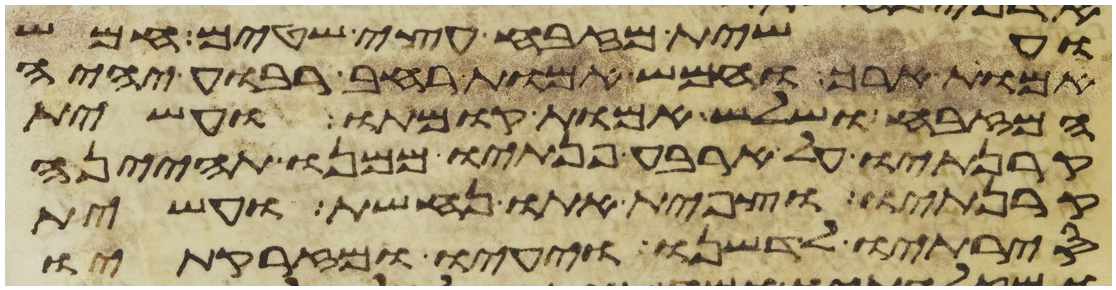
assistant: ועשית מזבח עצי שטים חמש
אמות ארך וחמש אמות רחב רבוע יהיה
המזבח ושלש אמות קומתו ועשית
קרנתיו על ארבע פנתיו ממנו תהינה
קרנתיו וצפית אתו נחשת ועשית
סירתיו לדשנו ויעיו ומזרקתיו